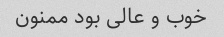
خوب و عالی بود ممنون